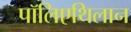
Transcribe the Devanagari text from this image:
पॉलिएथिलान